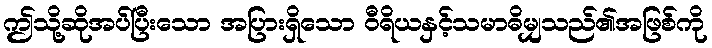
ဤသို့ဆိုအပ်ပြီးသော အပြားရှိသော ဝီရိယနှင့်သမာဓိမျှသည်၏အဖြစ်ကို